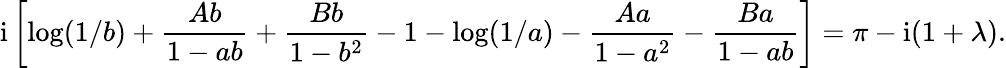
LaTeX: \mathrm{i}\left[\log(1/b)+{\frac{Ab}{1-ab}}+{\frac{Bb}{1-b^{2}}}-1-\log(1/a)-{\frac{Aa}{1-a^{2}}}-{\frac{Ba}{1-ab}}\right]=\pi-\mathrm{i}(1+\lambda).